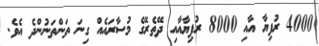
4000 ރުފިޔާ އާއި 8000 ރުފިޔާއާއި ދޭތެރޭގެ މުސާރައެއް ގިނަ ތަންތަނުންދެ އެވެ.